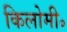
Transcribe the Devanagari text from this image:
किलोमी॰